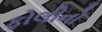
ફોલીનો